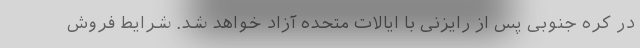
در کره جنوبی پس از رایزنی با ایالات متحده آزاد خواهد شد. شرایط فروش